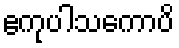
ဧကုပါသကောပိ